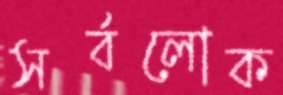
সর্বলোক